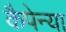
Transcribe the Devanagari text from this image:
कैपेन्या